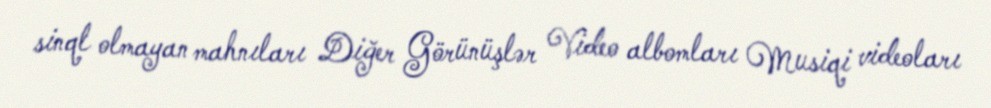
sinql olmayan mahnıları Diğer Görünüşlər Video albomları Musiqi videoları